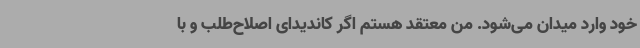
خود وارد میدان می‌شود. من معتقد هستم اگر کاندیدای اصلاح‌طلب و با